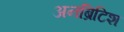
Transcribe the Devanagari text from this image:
अनब्रिटिश